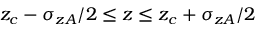
z _ { c } - \sigma _ { z A } / 2 \le z \le z _ { c } + \sigma _ { z A } / 2